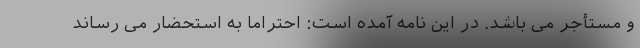
و مستأجر می باشد. در این نامه آمده است: احتراماً به استحضار می رساند